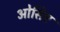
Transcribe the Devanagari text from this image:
ओसिए